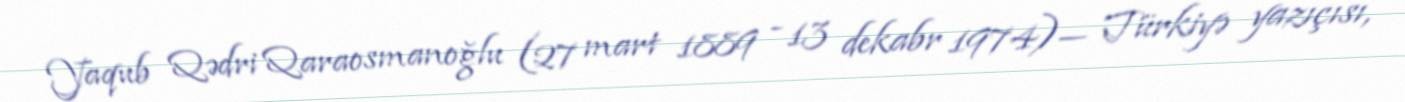
Yaqub Qədri Qaraosmanoğlu (27 mart 1889 - 13 dekabr 1974)— Türkiyə yazıçısı,